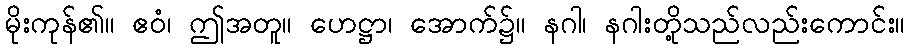
မိုးကုန်၏။ ဧဝံ၊ ဤအတူ။ ဟေဋ္ဌာ၊ အောက်၌။ နဂါ၊ နဂါးတို့သည်လည်းကောင်း။